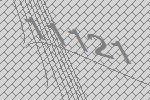
11121